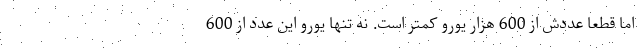
اما قطعا عددش از 600 هزار یورو کمتر است. نه تنها یورو این عدد از 600